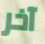
آخر